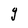
Character: g